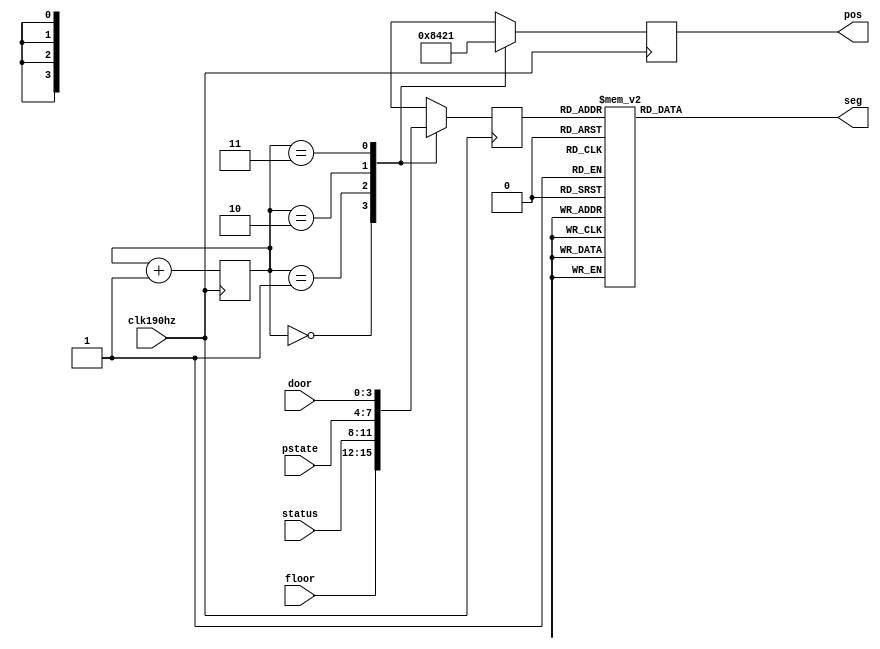
`timescale 1ns / 1ps

module segMsg(
        input clk190hz,
        input[3:0] floor,
        input[3:0] status,
        input[3:0] pstate,
        input[3:0] door,
        output reg [3:0]pos,
        output reg[7:0]seg
);

    reg [1:0]posc;
    reg [3:0]data;
    
    initial begin
        posc=0;
        data=0;
    end

    always@(posedge clk190hz) begin
        case(posc)
            0: // floor
                begin
                pos<=4'b1000;
                data<=floor[3:0];
                end
            1: // status
                begin
                pos<=4'b0100;
                data<=status[3:0];
                end
            2: // pstate
                begin
                pos<=4'b0010;
                data<=pstate[3:0];
                end
            3: // door
                begin
                pos<=4'b0001;
                data<=door[3:0];
                end
        endcase
        posc<=posc+1;
    end

    always@(data) begin
        case(data)
            0 :seg=8'b0011_1111;
            1 :seg=8'b0000_0110;
            2 :seg=8'b0101_1011;
            3 :seg=8'b0100_1111;
            4 :seg=8'b0110_0110;
            5 :seg=8'b0110_1101;
            6 :seg=8'b0111_1101;
            7 :seg=8'b0000_0111;
            8 :seg=8'b0111_1111;
            9 :seg=8'b0110_1111;
            10:seg=8'b0000_0001;
            11:seg=8'b0000_1000;
            default: seg=8'b0100_0000;
        endcase
    end
endmodule